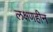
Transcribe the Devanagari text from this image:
लक्षणहीन